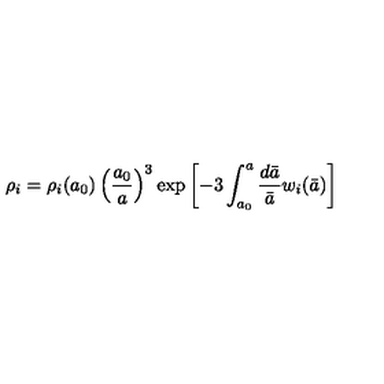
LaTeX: \rho _ { i } = \rho _ { i } ( a _ { 0 } ) \left( \frac { a _ { 0 } } { a } \right) ^ { 3 } \exp \left[ - 3 \int _ { a _ { 0 } } ^ { a } \frac { d \bar { a } } { \bar { a } } w _ { i } ( \bar { a } ) \right]